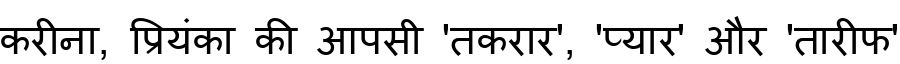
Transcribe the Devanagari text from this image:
करीना, प्रियंका की आपसी 'तकरार', 'प्यार' और 'तारीफ'